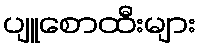
ပျူစောထီးများ